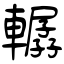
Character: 轏